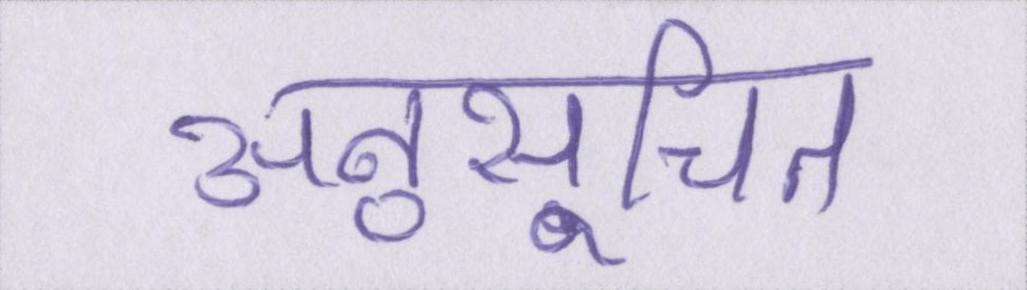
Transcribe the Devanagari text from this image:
अनुसूचित